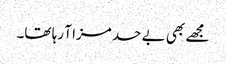
مجھے بھی بے حد مزا آ رہا تھا۔